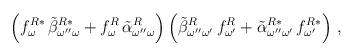
LaTeX: \begin{align*}\left(f_{\omega}^{R*}\,\tilde{\beta}_{\omega''\omega}^{R*} +f_{\omega}^{R}\,\tilde{\alpha}_{\omega''\omega}^{R} \right)\left(\tilde{\beta}_{\omega''\omega'}^{R}\,f_{\omega'}^{R} +\tilde{\alpha}_{\omega''\omega'}^{R*}\,f_{\omega'}^{R*} \right) \,,\end{align*}